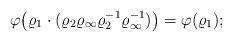
LaTeX: \begin{align*} \varphi\big(\varrho_1 \cdot (\varrho_2 \varrho_\infty \varrho_2^{-1}\varrho_\infty^{-1})\big) = \varphi(\varrho_1); \end{align*}